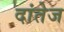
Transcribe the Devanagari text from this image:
दांतेज